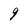
Character: 9